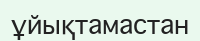
ұйықтамастан